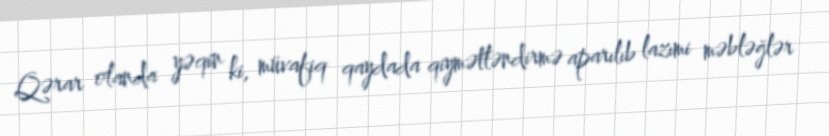
Qərar olanda yəqin ki, müvafiq qaydada qiymətləndirmə aparılıb lazımi məbləğlər